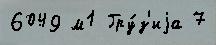
6049 м1 Гру́з'иjа 7